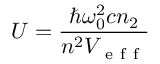
U = \frac { \hbar \omega _ { 0 } ^ { 2 } c n _ { 2 } } { n ^ { 2 } V _ { \mathrm { ~ e ~ f ~ f ~ } } }